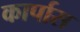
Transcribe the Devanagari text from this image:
कार्पास